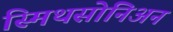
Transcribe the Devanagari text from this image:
स्मिथसोनिअन